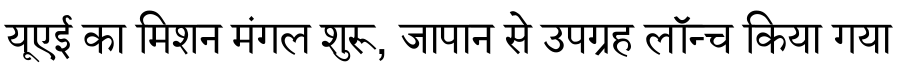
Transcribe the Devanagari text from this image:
यूएई का मिशन मंगल शुरू, जापान से उपग्रह लॉन्च किया गया